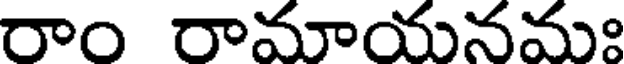
రాం రామాయనమః